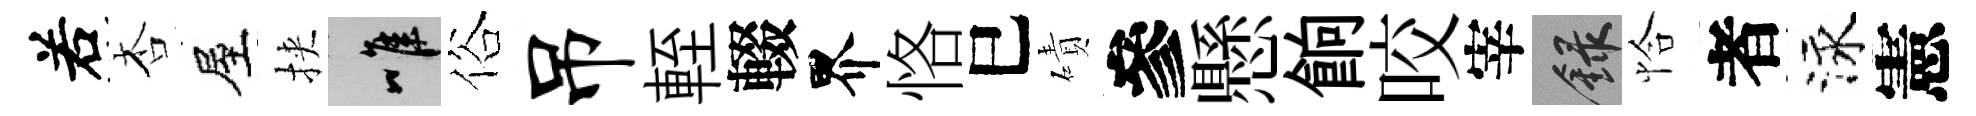
𠰥杏屋挾唯俗吊輊輟界恪巳磧參懸餉咬宰録恰者泳憲